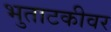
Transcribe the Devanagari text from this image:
भुताटकीवर